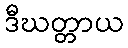
ဒီဃတ္တာယ